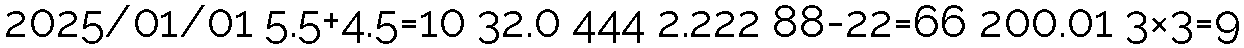
2025/01/01 5.5+4.5=10 32.0 444 2.222 88-22=66 200.01 3×3=9